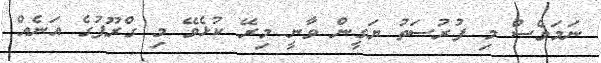
ނަމަވެސް މި ފުރުސަތު ޔަގީން ވާނީ މިރޭ ކުޅެވޭ މި ގްރޫޕުގެ އަނެއް